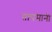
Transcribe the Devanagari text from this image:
तापमानी